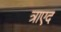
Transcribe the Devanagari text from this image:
त्राएद